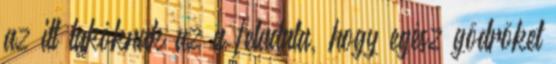
az itt lakóknak az a feladata, hogy egész gödröket